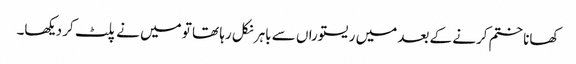
کھانا ختم کرنے کے بعد میں ریستوراں سے باہر نکل رہا تھا تو میں نے پلٹ کر دیکھا۔